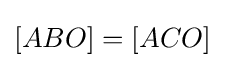
[ABO]=[ACO]